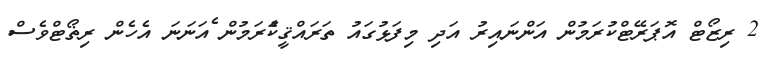
2 ރިޒޯޓް އޮޕަރޭޓްކުރަމުން އަންނައިރު އަދި މިފަޅުގައު ތަރައްޤީކުެަރަމުން ެއަނަނަ އެހެން ރިޡޯޓްވެސް